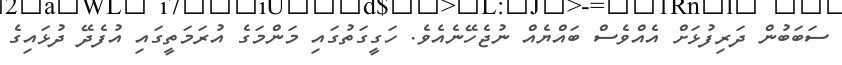
ސަބަބުން ދަރިފުޅަށް އެއްވެސް ބައްޔެއް ނުޖެހޭނެއެވެ. ހަގީގަތުގައި މަންމަގެ އުރަމަތީގައި އުފެދޭ ދުޅައިގެ